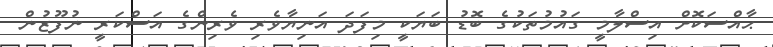
ޙާއްސަކޮށް އިސްލާމީ ގައުމުތަކުގެ ބޮޑު ބަޔަކީ މިފަދަ އަނިޔާވެރި ވެރިންގެ އަސްކަރީ ނުފޫޒުން